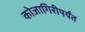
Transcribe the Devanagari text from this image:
कोजागिरीपर्यंत